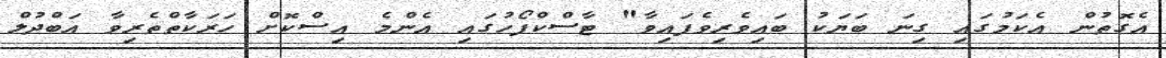
އެގޮތުން އެކަމުގައި ގިނަ ބަޔަކު ބައިވެރިވެފައިވާ" ޓާސްކްފޯހުގައި އެންމެ އިސްކޮށް ހަރަކާތްތެރިވާ އަބްދުލް